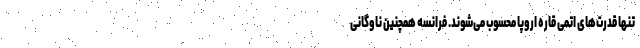
تنها قدرت‌های اتمی قاره اروپا محسوب می‌شوند. فرانسه همچنین ناوگانی